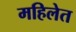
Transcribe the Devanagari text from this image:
महिलेत